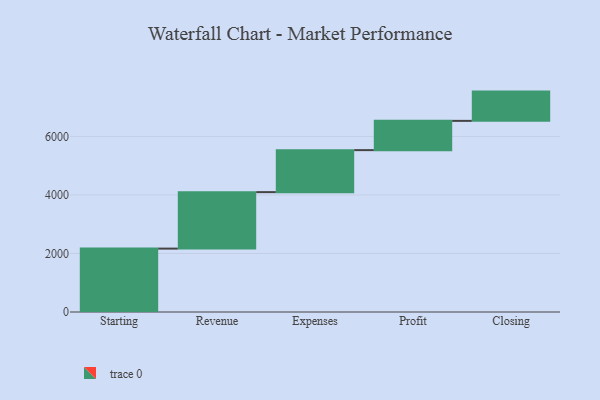
{"axis": {"x": "Step", "y": "Value"}, "legend": [""], "data": [{"x": "Starting", "y": 2166.0, "type": ""}, {"x": "Revenue", "y": 1930.0, "type": ""}, {"x": "Expenses", "y": 1435.0, "type": ""}, {"x": "Profit", "y": 1000, "type": ""}, {"x": "Closing", "y": 1000, "type": ""}]}